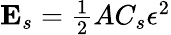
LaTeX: \begin{array}{r}{\textbf{E}_{s}=\frac{1}{2}AC_{s}\epsilon^{2}}\end{array}